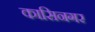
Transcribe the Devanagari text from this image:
कासिनगर